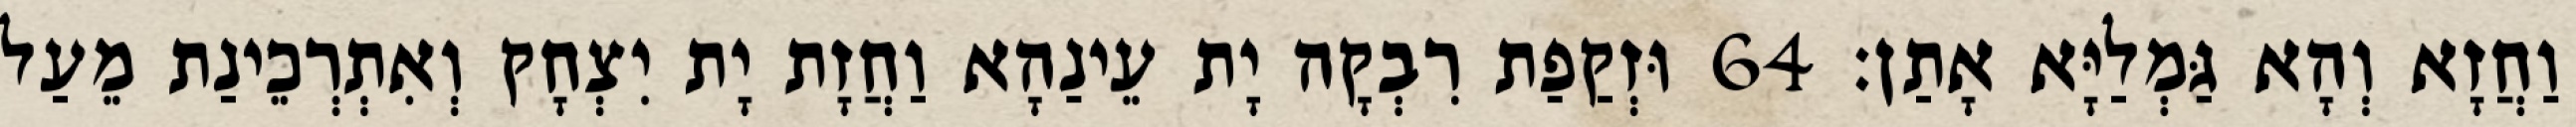
וַחֲזָא וְהָא גַּמְלַיָּא אָתַן׃ 64 וּזְקַפַת רִבְקָה יָת עֵינַהָא וַחֲזָת יָת יִצְחָק וְאִתְרְכֵינַת מֵעַל